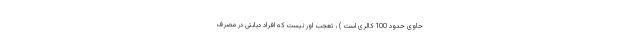
حاوی حدود 100 کالری است ) ، تعجب اور نیست که افراد دیابتی در مصرف